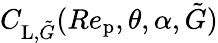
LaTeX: C_{\textup{L},\tilde{G}}(Re_{\textup{p}},\theta,\alpha,\tilde{G})